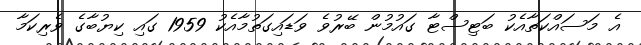
އެ މަސައްކަތާއެކު ބަޓިސްޓާ ގައުމުން ބޭރުވެ ވަޑައިގަތުމާއެކު 1959 ގައި ކިޔުބާގެ ވެރިކަމާ